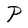
Character: P